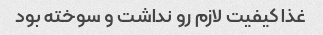
غذا کیفیت لازم رو نداشت و سوخته بود